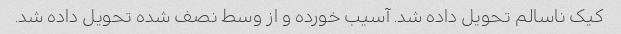
کیک ناسالم تحویل داده شد. آسیب خورده و از وسط نصف شده تحویل داده شد.